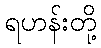
ရဟန်းတို့